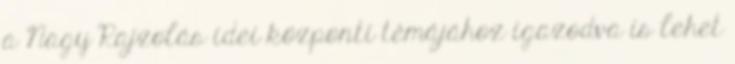
a Nagy Rajzolás idei központi témájához igazodva is lehet